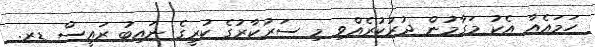
ހަމައެއާ އެކު މަގާމުން ދުރުކުރެއްވި މި ސަރުކާރުގެ ކުރީގެ ނައިބު ރައީސް ޑރ.